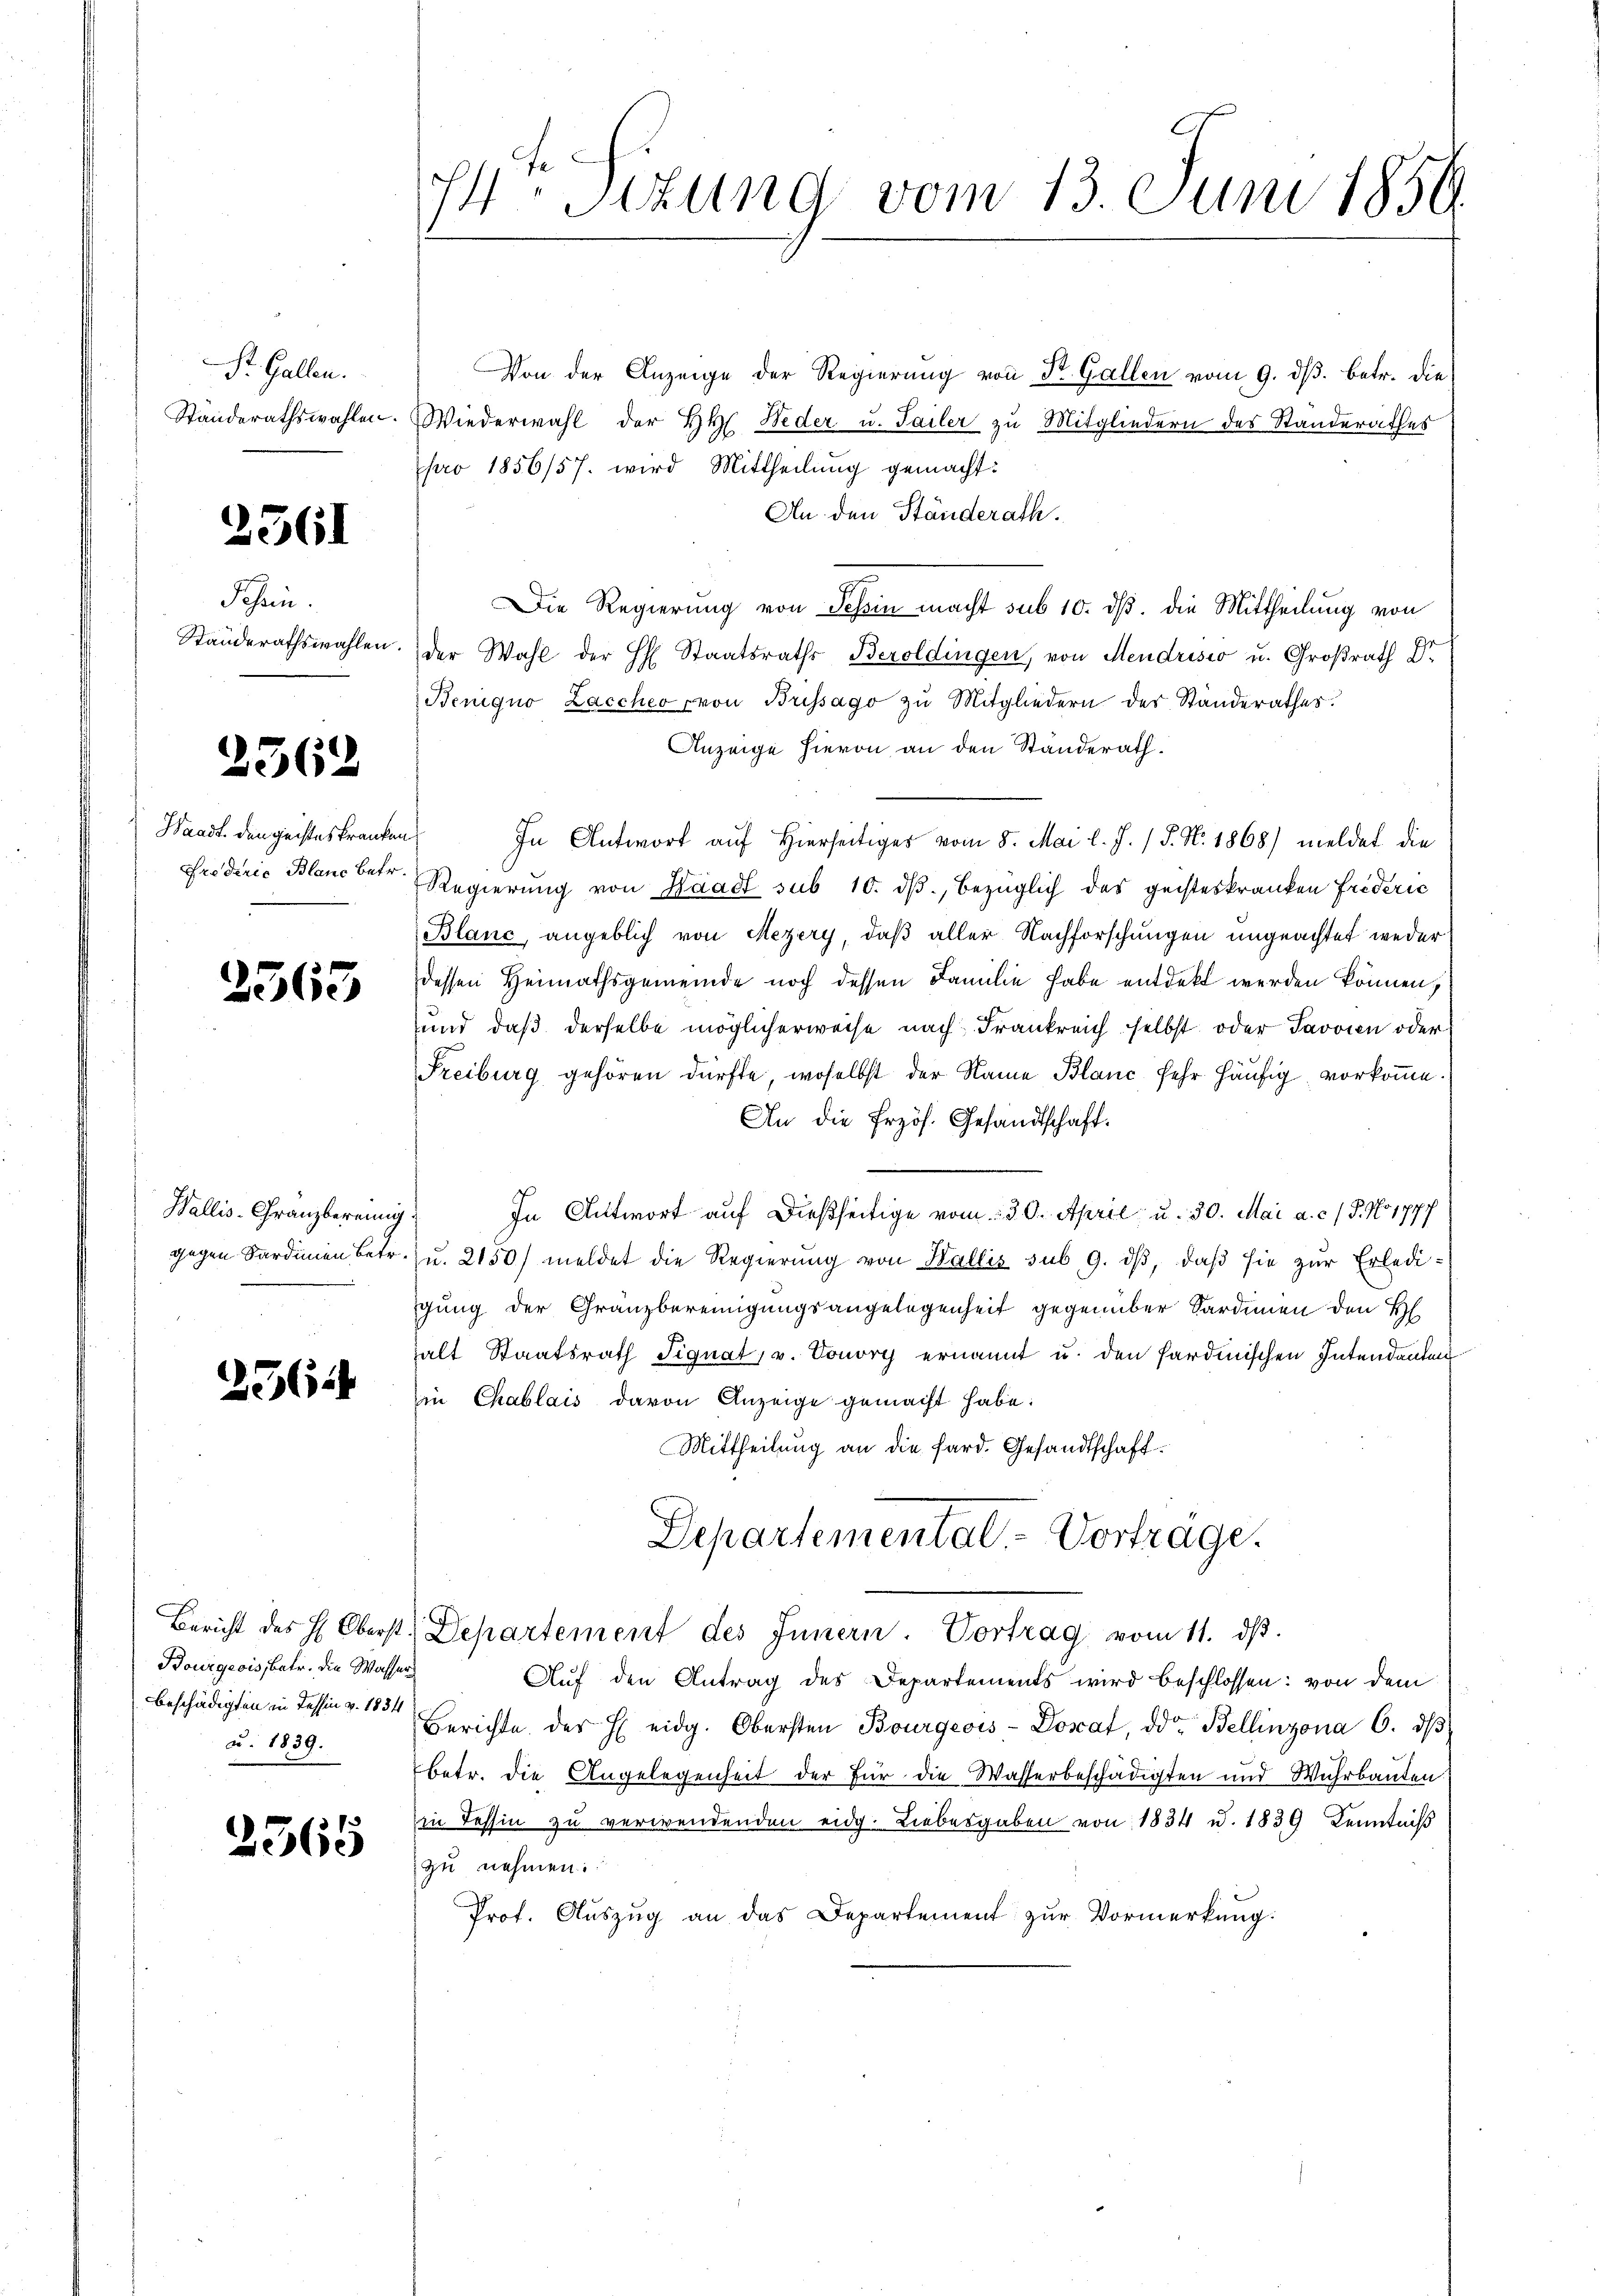
St. Gallen.

2561

Schein.

2562

Waadt. den geistes kranken
Frederie Blanc betr.

2563

Wallis-Franzbereinig

256

Bourgeois betr. die Wassers
c. 1839.

2565

14ten Sizung vom 13. Juni 1856.

Von der Anzeige der Regierung von Dr. Gallen vom 9. ds. betr. die
Ständerathswahlen. Wiederwahl der HH. Neder u. Tailer zu Mitgliedern des Standerathes
pro 1856/57. wird Mittheilung gemacht:
An den Ständerath.
Die Regierung von Tessin macht sub 10. ds. die Mittheilung von
Ständerathswahlen. der Wahl der H. Staatsraths Beroldingen, von Mendrisio u. Großrath Dr.
Benigno Zaccheo von Brissago zu Mitgliedern der Ständerathes:
Anzeige hievon an den Standerath.
In Antwort auf hierseitiges vom 8. Mai l. J. / 5. No. 1868) meldet die
Regierŭng von Waadt sub 10. dβ, bezüglich des geisteskranken Frideric
Blanc, angeblich von Mezery, daß aller Nachforschungen ungeachtet weder
dessen Heimathsgemeinde noch dessen Familie habe entdekt werden können,
und daß derselbe möglicherweise nach Frankreich selbst oder Javoren oder
Freiburg gehören dürfte, woselbst der Name Blanc sehr häufig vorkomme.
An die Erzös. Gesandtschaft.

In Antwort auf dießseitige vom 30. April u. 30. Mai a. c. / P. No 1777
gegen Sardinien betr. zu. 2150) meldet die Regierung von Wallis sub 9. dβ, daβ sie zur Erledigung der Gränzbereinigungsangelegenheit gegenüber Sardinien den H
halt Staatsrath Signat, v. Vonory ernannt u. den Sardinischen Intendanten
in Chablais davon Anzeige gemacht habe.
Mittheilung an die Sard. Gesandtschaft¬
Departemental. - Vorträge.
Bericht des H. Oberst Departement des Innern. Vortrag vom 11. dβ.
Auf den Antrag des Departements wird beschlossen: von dem
beschädigten in Tessin v. 15 Berichte der h. eidg. Obersten Bourgeois-Dorat, od. Bellinzona 6. dβ
betr. die Angelegenheit der für die Wasserbeschädigten und Wuhrbauten.
in Tessin zu verwendenden eidg. Liebesgaben von 1834 u. 1839 Kenntniss
zu nehmen.
Prot. Aŭszŭg an das Departement zŭr Vormerkung.